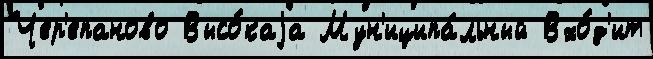
Чер'епаново Высо́каjа Мун'иципа́льный Вхо́д'ит